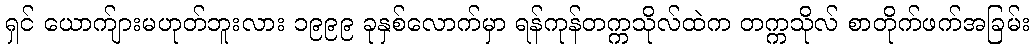
ရှင် ယောက်ျားမဟုတ်ဘူးလား ၁၉၉၉ ခုနှစ်လောက်မှာ ရန်ကုန်တက္ကသိုလ်ထဲက တက္ကသိုလ် စာတိုက်ဖက်အခြမ်း